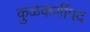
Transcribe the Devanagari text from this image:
कुळकर्णीपद